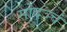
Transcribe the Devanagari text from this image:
सोदञ्चं